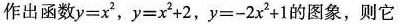
作出函数$$y = x ^ { 2 }$$，$$y = x ^ { 2 } + 2$$，$$y = - 2 x ^ { 2 } + 1$$的图象，则它